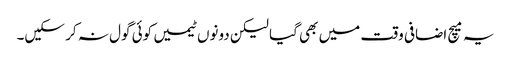
یہ میچ اضافی وقت میں بھی گیا لیکن دونوں ٹیمیں کوئی گول نہ کر سکیں۔